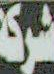
شركة